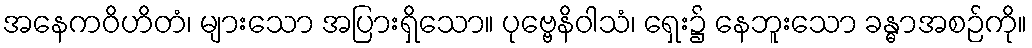
အနေကဝိဟိတံ၊ များသော အပြားရှိသော။ ပုဗ္ဗေနိဝါသံ၊ ရှေး၌ နေဘူးသော ခန္ဓာအစဉ်ကို။